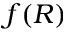
f ( R )